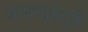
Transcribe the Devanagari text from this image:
जलपाईगुङी